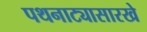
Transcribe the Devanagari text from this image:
पथनाट्यासारखे